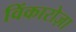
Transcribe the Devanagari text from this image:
विंकारोज़ा